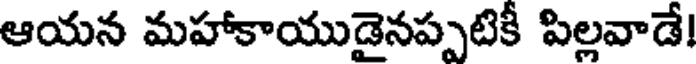
ఆయన మహాకాయుడైనప్పటికీ పిల్లవాడే!